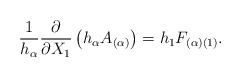
\begin{align*}\frac{1}{h_{\alpha}}\frac{\partial}{\partial X_{1}} \left(h_{\alpha} A_{(\alpha)} \right) = h_{1} F_{(\alpha)(1)}.\end{align*}